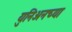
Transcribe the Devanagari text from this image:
युनिअनच्या